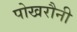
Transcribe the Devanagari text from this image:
पोखरौनी